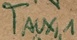
Text: TAUX,1